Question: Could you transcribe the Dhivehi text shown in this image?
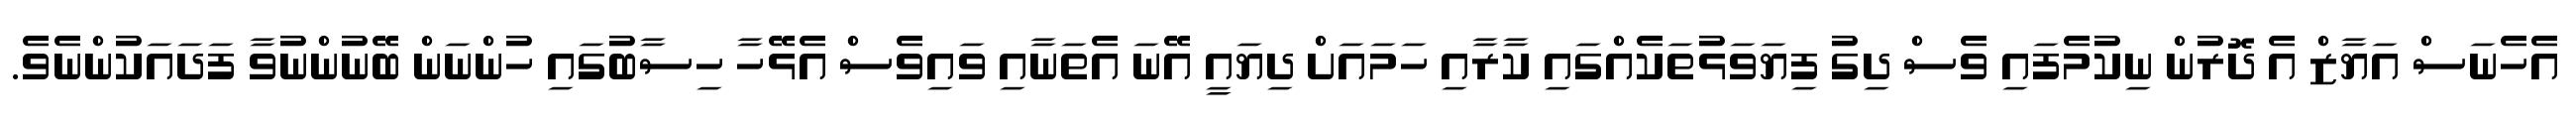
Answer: އެހެނަސް އަޔާޒް އެ ދޮރުން ނިކުމެފައި ވެސް ދިގު ފިޔަވަޅުތަކެއްގައި ކާރާއި ހަމައަށް ދިޔައީ އޭނަ އެތަނާއި ވައިވެސް އެޅޭހާ ހިސާބުގައި ހުންނަން ބޭނުންނުވާ ފަދައަކުންނެވެ.